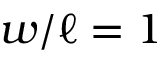
w / \ell = 1